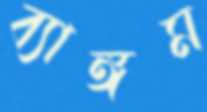
ব্যাঙ্গম